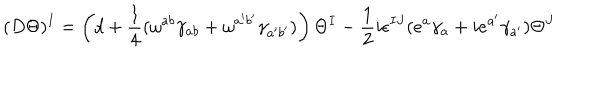
( D \Theta ) ^ { I } = \left( d + { \frac { 1 } { 4 } } ( \omega ^ { a b } \gamma _ { a b } + \omega ^ { a ^ { \prime } b ^ { \prime } } \gamma _ { a ^ { \prime } b ^ { \prime } } ) \right) \Theta ^ { I } - { \frac { 1 } { 2 } } i \epsilon ^ { I J } ( e ^ { a } \gamma _ { a } + i e ^ { a ^ { \prime } } \gamma _ { a ^ { \prime } } ) \Theta ^ { J }